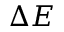
\Delta E